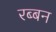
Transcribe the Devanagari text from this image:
रब्बन